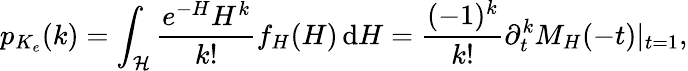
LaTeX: p_{K_{e}}(k)=\int_{\mathcal H}\frac{e^{-H}H^{k}}{k!}f_{H}(H)\, \mathrm dH=\frac{(-1)^{k}}{k!}\partial_{t}^{k}M_{H}(-t)|_{t=1},